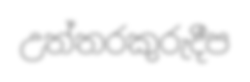
උත්තරකුරුදීප